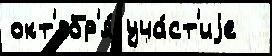
окт'ябр'я́ уча́ст'иjе